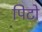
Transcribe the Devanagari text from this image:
पिटो